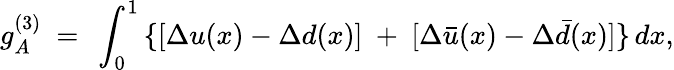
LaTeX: g_{A}^{(3)}\ =\ \int_{0}^{1}\, \{ [\Delta u(x)-\Delta d(x)]\ +\ [\Delta\bar{u}(x)-\Delta\bar{d}(x)]\} \, dx,